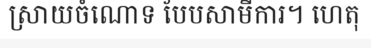
ស្រាយចំណោទ បែបសាមីការ។ ហេតុ